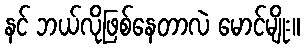
နင် ဘယ်လိုဖြစ်နေတာလဲ မောင်မျိုး။